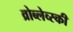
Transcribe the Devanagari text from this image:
व्रोब्लेव्स्की